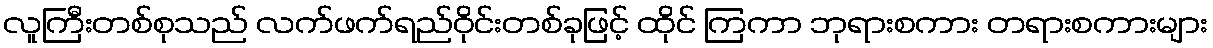
လူကြီးတစ်စုသည် လက်ဖက်ရည်ဝိုင်းတစ်ခုဖြင့် ထိုင် ကြကာ ဘုရားစကား တရားစကားများ